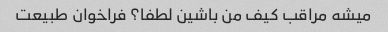
میشه مراقب کیف من باشین لطفا؟ فراخوان طبیعت